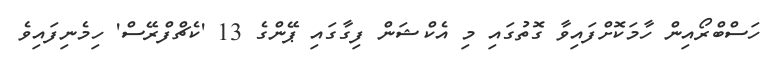
ހަސްބްރޯއިން ހާމަކޮށްފައިވާ ގޮތުގައި މި އެކްޝަން ފިގާގައި ޕޭންގެ 13 'ކެޗްފްރޭސް' ހިމެނިފައިވެ